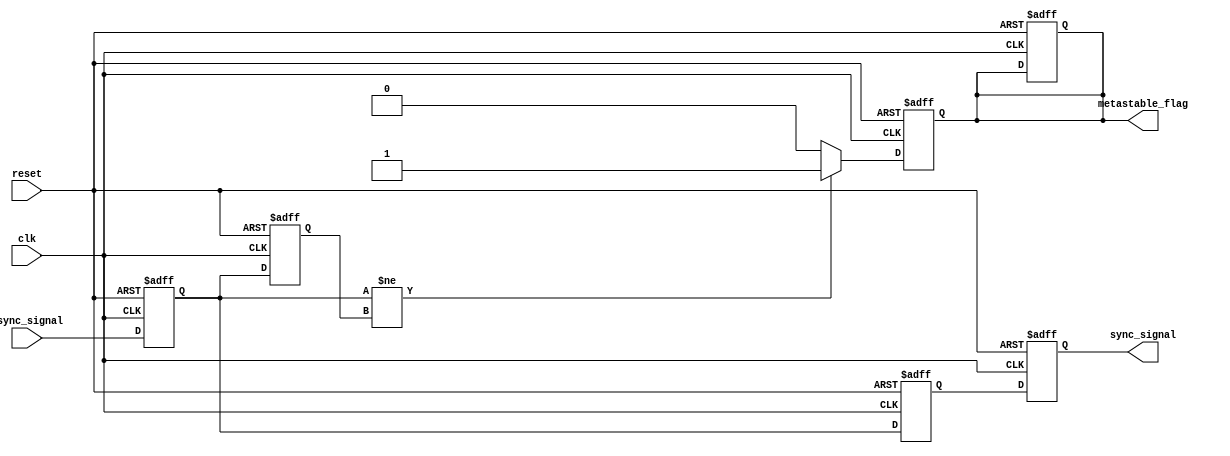
module metastability_detector (
    input wire clk,               // Synchronous clock signal
    input wire async_signal,      // Asynchronous input signal
    input wire reset,             // Reset signal
    output reg sync_signal,       // Synchronized output signal
    output reg metastable_flag    // Metastability indicator
);

// Internal signals
reg ff1, ff2;                   // Outputs of the two D flip-flops
reg ff1_prev;                   // Previous state of the first flip-flop

// D Flip-Flop 1: Sampling the asynchronous signal
always @(posedge clk or posedge reset) begin
    if (reset) begin
        ff1 <= 1'b0;             // Reset state
    end else begin
        ff1 <= async_signal;     // Sample async_signal
    end
end

// D Flip-Flop 2: Sampling the output of the first flip-flop
always @(posedge clk or posedge reset) begin
    if (reset) begin
        ff2 <= 1'b0;             // Reset state
        sync_signal <= 1'b0;     // Reset sync_signal
        metastable_flag <= 1'b0; // Clear metastability flag
    end else begin
        ff2 <= ff1;              // Sample ff1
        sync_signal <= ff2;      // Update sync_signal
    end
end

// Metastability detection logic
always @(posedge clk or posedge reset) begin
    if (reset) begin
        ff1_prev <= 1'b0;        // Reset previous state
        metastable_flag <= 1'b0; // Clear metastability flag
    end else begin
        // Detecting if the output of the second flip-flop changes unexpectedly
        if (ff1 != ff1_prev) begin
            metastable_flag <= 1'b1; // Indicate potential metastability
        end else begin
            metastable_flag <= 1'b0; // Clear flag if stable
        end
        ff1_prev <= ff1;           // Update previous state
    end
end

endmodule